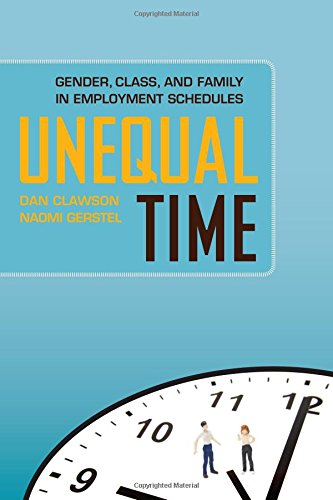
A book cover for Unequal Time: Gender, Class, and Family in Employment Schedules; Business & Money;